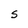
Character: S